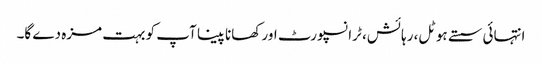
انتہائی سستے ہوٹل، رہائش، ٹرانسپورٹ اور کھانا پینا آپ کو بہت مزہ دے گا۔